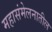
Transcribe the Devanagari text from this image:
महासंमेलनातील